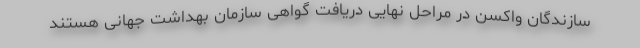
سازندگان واکسن در مراحل نهایی دریافت گواهی سازمان بهداشت جهانی هستند